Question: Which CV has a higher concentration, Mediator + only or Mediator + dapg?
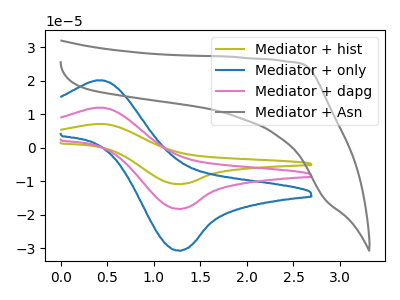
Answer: <think>The olive curve "Mediator + hist" has an anodic peak at (0.45V, 23.85uA) and a cathodic peak at (1.25V, -36.50uA). The blue curve "Mediator + only" has an anodic peak at (0.45V, 20.05uA) and a cathodic peak at (1.25V, -30.70uA). The pink curve "Mediator + dapg" has an anodic peak at (0.45V, 11.95uA) and a cathodic peak at (1.25V, -18.25uA). The gray curve "Mediator + Asn" has no peaks.
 All the peaks in "Mediator + only" have a peak in "Mediator + dapg" at the same potential. Every peak in "Mediator + only" is higher than every peak in "Mediator + dapg".</think>
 <answer>"Mediator + only" has more signal than "Mediator + dapg" and so likely has a higher concentration.</answer>
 <eval>more_concentration</eval>